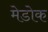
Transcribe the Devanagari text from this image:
मेडोक